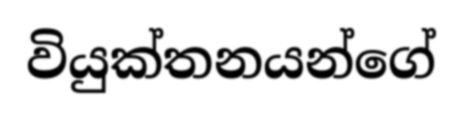
වියුක්තනයන්ගේ